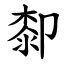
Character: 厀